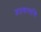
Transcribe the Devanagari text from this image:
व्रतकर्त्याचे